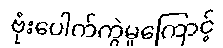
ဗုံးပေါက်ကွဲမှုကြောင့်